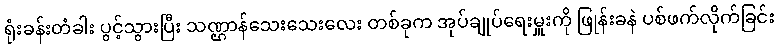
ရုံးခန်းတံခါး ပွင့်သွားပြီး သဏ္ဌာန်သေးသေးလေး တစ်ခုက အုပ်ချုပ်ရေးမှူးကို ဖြုန်းခနဲ ပစ်ဖက်လိုက်ခြင်း